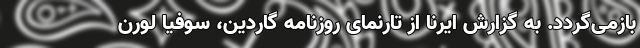
بازمی‌گردد. به گزارش ایرنا از تارنمای روزنامه گاردین، سوفیا لورن